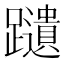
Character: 𫏩